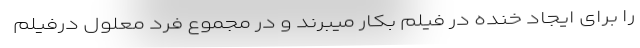
را برای ایجاد خنده در فیلم بکار میبرند و در مجموع فرد معلول درفیلم